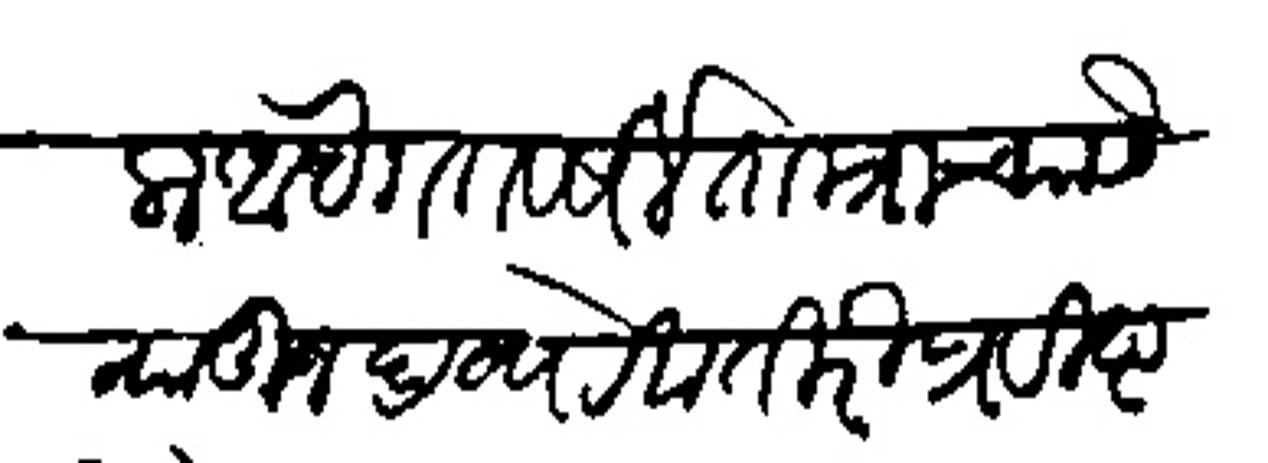
Transliteration (Devanagari): संपादीला आहे गतवर्षो ताम्राच्या सेन्यातून द्रव्य रेबातिरी प्रविष्ट